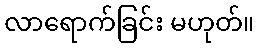
လာရောက်ခြင်း မဟုတ်။